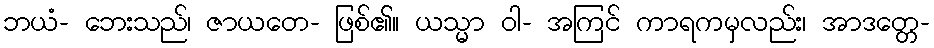
ဘယံ- ဘေးသည်၊ ဇာယတေ- ဖြစ်၏။ ယသ္မာ ဝါ- အကြင် ကာရကမှလည်း၊ အာဒတ္တေ-